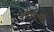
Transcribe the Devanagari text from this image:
वातानुकूल